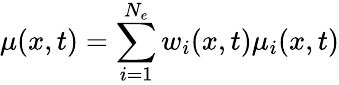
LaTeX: \mu(x,t)=\sum_{i=1}^{N_{e}}w_{i}(x,t)\mu_{i}(x,t)